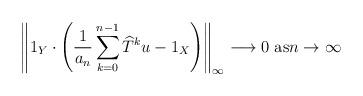
LaTeX: \begin{align*}\left\Vert 1_{Y}\cdot\left( \frac{1}{a_{n}}\sum_{k=0}^{n-1}\widehat{T}^{k}u-1_{X}\right) \right\Vert _{\infty}\longrightarrow0\text{ as}n\rightarrow\infty\end{align*}